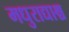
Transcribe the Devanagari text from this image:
मधुराद्याश्च